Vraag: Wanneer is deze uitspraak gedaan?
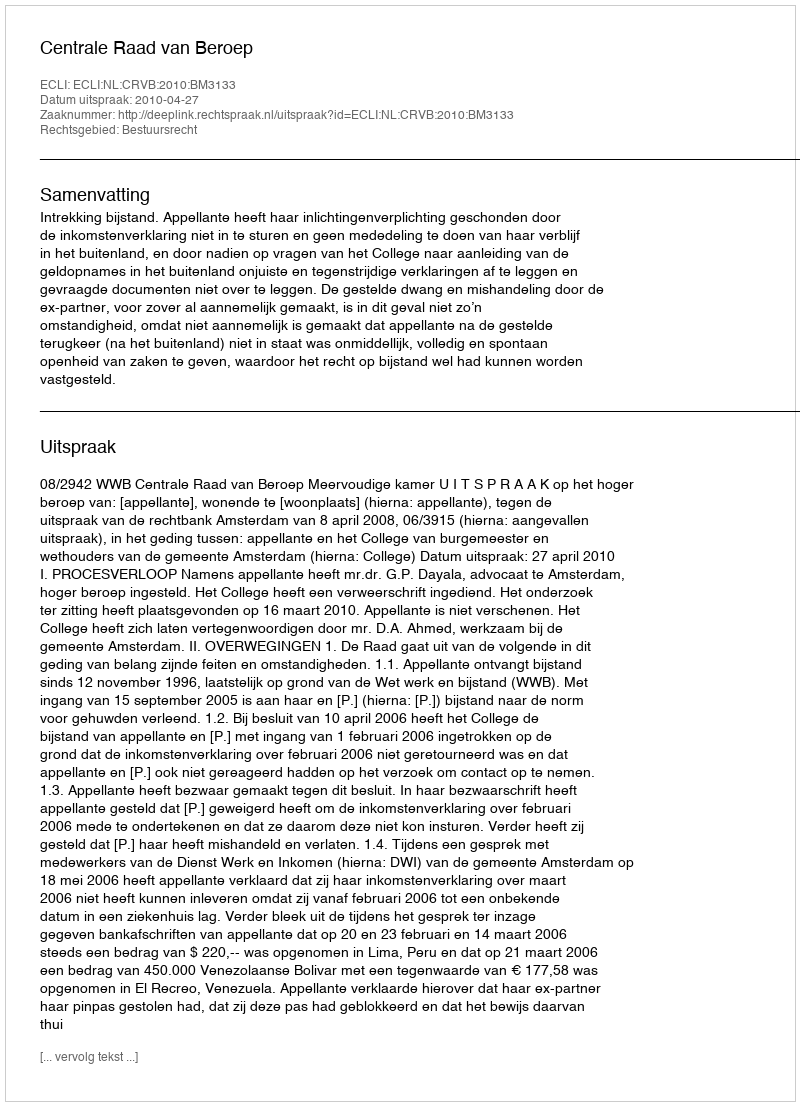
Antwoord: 2010-04-27